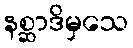
နစ္ဆာဒိမှသေ